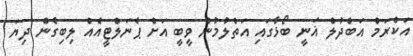
އަކްރަމް އަބްދުލް ޣަނީ ބޯޅާގައި އަތްލުމުން ވީބީ އަށް ޕެނަލްޓީއެއް ލިބިގެން ދިޔަ